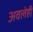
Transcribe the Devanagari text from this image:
अवलेही